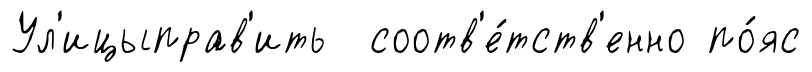
Ул'ицыправ'ить соотв'е́тств'енно по́яс